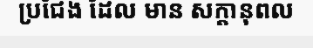
ប្រជែង ដែល មាន សក្តានុពល